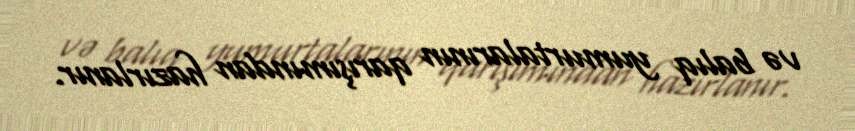
və balıq yumurtalarının qarışımından hazırlanır.